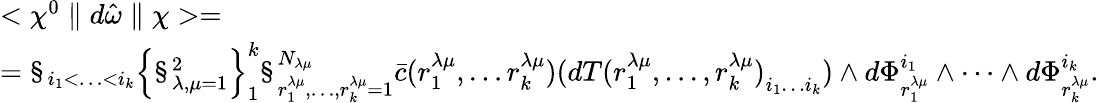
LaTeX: \begin{array}{l}{{<\chi^{0}\parallel d\hat{\omega}\parallel\chi>=}}\\ {{=\S_{i_{1}<\ldots<i_{k}}\left\{ \S_{\lambda,\mu=1}^{2}\right\} _{1}^{k}\S_{r_{1}^{\lambda\mu},\ldots,r_{k}^{\lambda\mu}=1}^{N_{\lambda\mu}}\bar{c}(r_{1}^{\lambda\mu},\ldots r_{k}^{\lambda\mu}){(dT(r_{1}^{\lambda\mu},\ldots,r_{k}^{\lambda\mu})}_{i_{1}\ldots i_{k}})\wedge d\Phi_{r_{1}^{\lambda\mu}}^{i_{1}}\wedge\cdots\wedge{d\Phi}_{r_{k}^{\lambda\mu}}^{i_{k}}.}}\end{array}